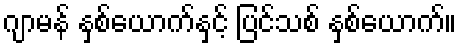
ဂျာမန် နှစ်ယောက်နှင့် ပြင်သစ် နှစ်ယောက်။